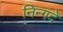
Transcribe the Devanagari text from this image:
निन्गदे